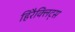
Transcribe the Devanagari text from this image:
हिरैक्लिट्स